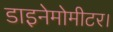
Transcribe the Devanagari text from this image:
डाइनेमोमीटर।